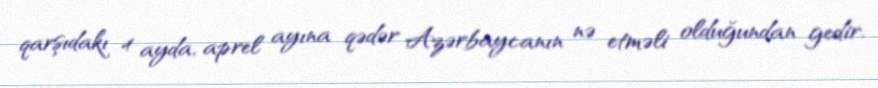
qarşıdakı 4 ayda, aprel ayına qədər Azərbaycanın nə etməli olduğundan gedir.